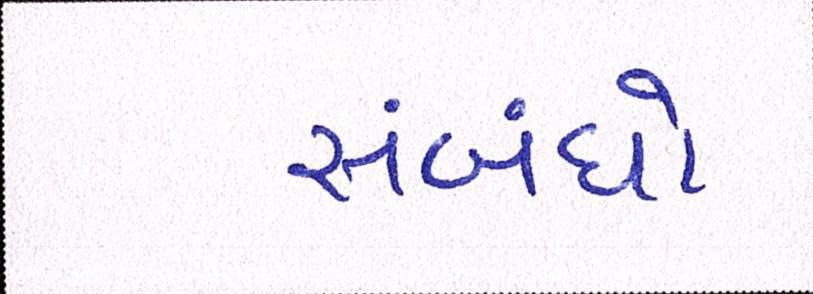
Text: સંબંધો